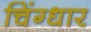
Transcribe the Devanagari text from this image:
चिंग्धार